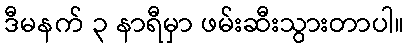
ဒီမနက် ၃ နာရီမှာ ဖမ်းဆီးသွားတာပါ။